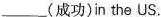
___(成功) in the US.